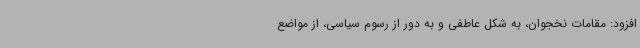
افزود: مقامات نخجوان، به شکل عاطفی و به دور از رسوم سیاسی، از مواضع